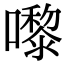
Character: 嚟